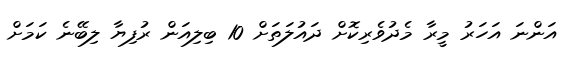
އަންނަ އަހަރު މީރާ މެދުވެރިކޮށް ދައުލަތަށް 10 ބިލިއަން ރުފިޔާ ލިބޭނެ ކަމަށް